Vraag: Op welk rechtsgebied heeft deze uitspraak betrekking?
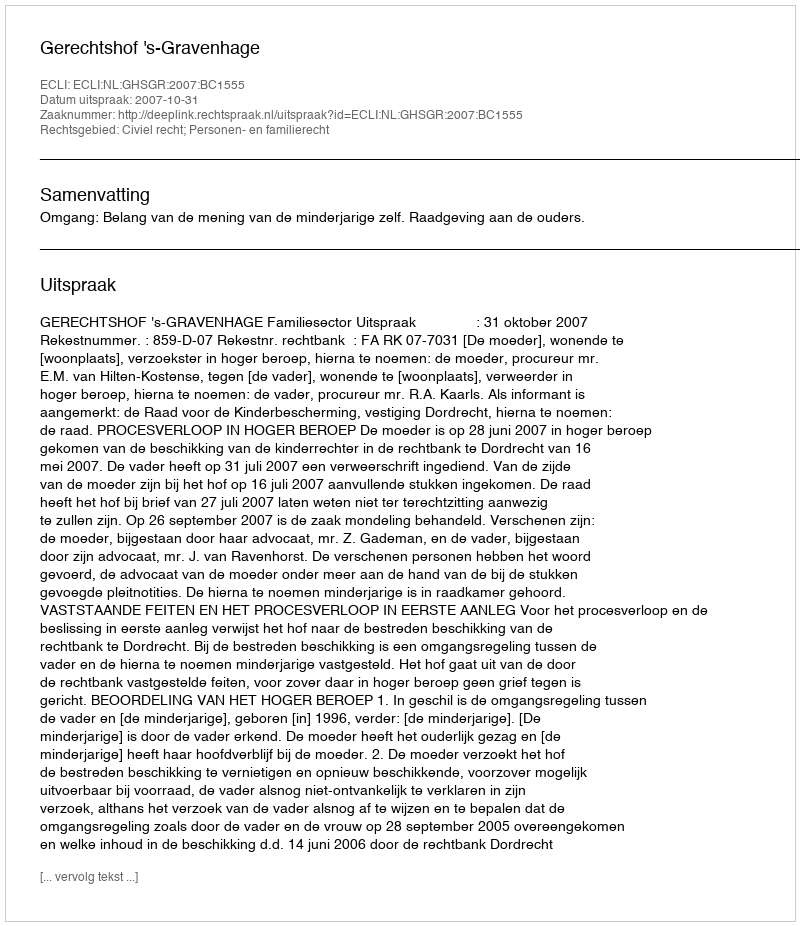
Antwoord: Civiel recht; Personen- en familierecht